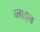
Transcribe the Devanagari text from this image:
ब्लाइज